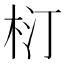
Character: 𣐘